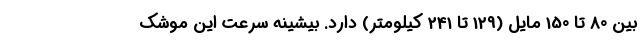
بین 80 تا 150 مایل (129 تا 241 کیلومتر) دارد. بیشینه سرعت این موشک